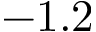
- 1 . 2